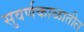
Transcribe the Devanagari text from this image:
सुवर्णकाळातील